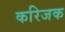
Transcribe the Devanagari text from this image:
करिजक